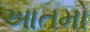
આતમો